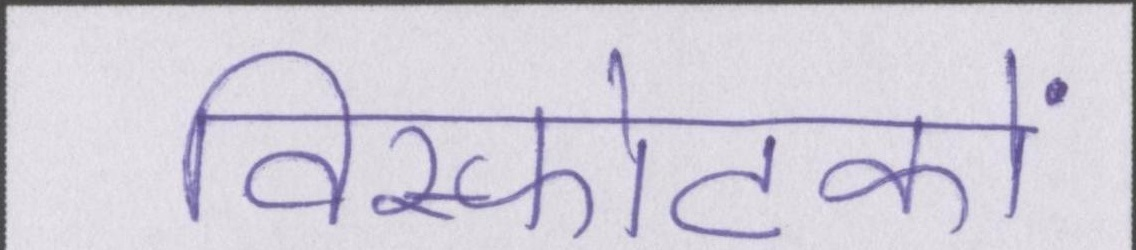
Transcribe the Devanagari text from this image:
विस्फोटकों